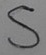
Text: S